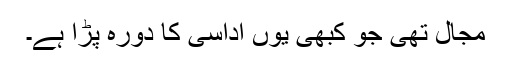
مجال تھی جو کبھی یوں اداسی کا دورہ پڑا ہے۔